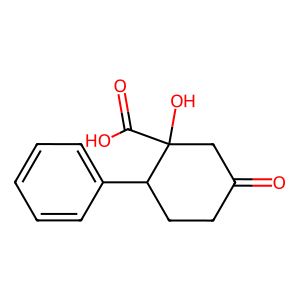
SMILES: O=C1CCC(c2ccccc2)C(O)(C(=O)O)C1
Inhibits HIV replication: No